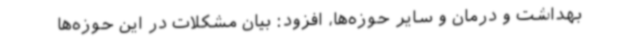
بهداشت و درمان و سایر حوزه‌ها، افزود: بیان مشکلات در این حوزه‌ها